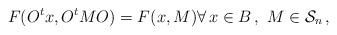
LaTeX: \begin{align*}F(O^t x, O^t MO)= F(x, M) \forall\, x\in B\, ,\ M\in \mathcal{S}_n\, ,\end{align*}